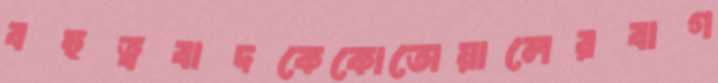
বহুত্ববাদকেকোতোয়ালেরবাগ